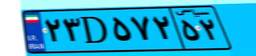
۷۶D۱۸۱۷۷